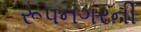
રૂપનગરની